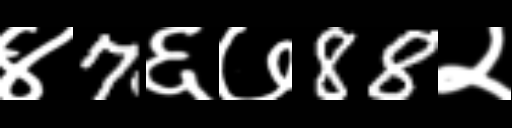
Text: ४7६७88२